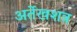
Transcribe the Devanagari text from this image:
अर्तेखशत्र